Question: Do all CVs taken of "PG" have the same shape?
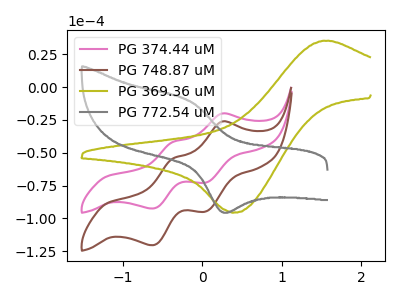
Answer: <think>The pink curve "PG 374.44 uM" has anodic peaks at (0.25V, -20.15uA) (-0.40V, -41.85uA) and cathodic peaks at (0.05V, -72.70uA) (-0.65V, -92.45uA). The brown curve "PG 748.87 uM" has anodic peaks at (0.25V, -26.25uA) (-0.40V, -54.50uA) and cathodic peaks at (0.05V, -94.65uA) (-0.65V, -120.40uA). The olive curve "PG 369.36 uM" has an anodic peak at (1.50V, 35.30uA) and a cathodic peak at (0.40V, -95.45uA). The gray curve "PG 772.54 uM" has an anodic peak at (-0.15V, -10.55uA) and a cathodic peak at (0.25V, -95.25uA).
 All the peaks in "PG 374.44 uM" have a peak in "PG 748.87 uM" at the same potential. "PG 374.44 uM" and "PG 369.36 uM" have a different number of peaks. "PG 374.44 uM" and "PG 772.54 uM" have a different number of peaks. "PG 748.87 uM" and "PG 369.36 uM" have a different number of peaks. "PG 748.87 uM" and "PG 772.54 uM" have a different number of peaks. "PG 369.36 uM" and "PG 772.54 uM" have at least one peak that do not match.</think>
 <answer>All the CV's of "PG" have similar shape.</answer>
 <eval>follow_rule</eval>